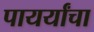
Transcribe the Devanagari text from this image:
पायर्यांचा